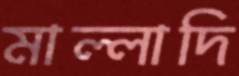
মাল্লাদি